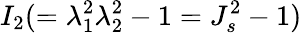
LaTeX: I_{2}(=\lambda_{1}^{2}\lambda_{2}^{2}-1=J_{s}^{2}-1)